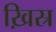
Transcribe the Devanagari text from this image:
ख़िस्र